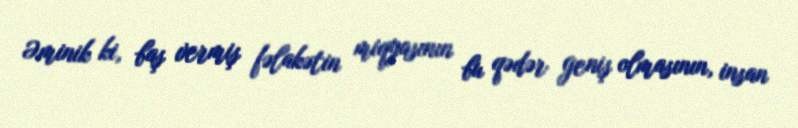
Əminik ki, baş vermiş fəlakətin miqyasının bu qədər geniş olmasının, insan